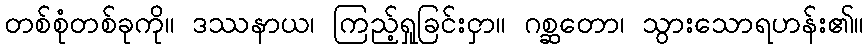
တစ်စုံတစ်ခုကို။ ဒဿနာယ၊ ကြည့်ရှုခြင်းငှာ။ ဂစ္ဆတော၊ သွားသောရဟန်း၏။